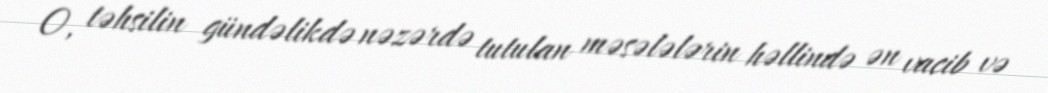
O, təhsilin gündəlikdə nəzərdə tutulan məsələlərin həllində ən vacib və